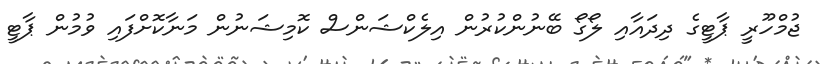
ޖުމްހޫރީ ޕާޓީގެ ދިދައާއި ލޯގޯ ބޭނުންކުރުން އިލެކްޝަންސް ކޮމިޝަނުން މަނާކޮށްފައި ވުމުން ޕާޓީ